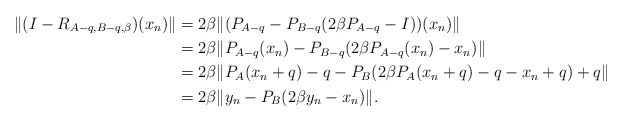
\begin{align*}\Vert (I-R_{A-q,B-q,\beta})(x_{n})\Vert&=2\beta\Vert (P_{A-q}-P_{B-q}(2\beta P_{A-q}-I))(x_{n})\Vert \\&=2\beta\Vert P_{A-q}(x_{n})-P_{B-q}(2\beta P_{A-q}(x_{n})-x_{n})\Vert \\&=2\beta\Vert P_{A}(x_{n}+q)-q-P_{B}(2\beta P_{A}(x_{n}+q)-q-x_{n}+q)+q\Vert \\&=2\beta\Vert y_{n}-P_{B}(2\beta y_{n}-x_{n})\Vert.\end{align*}